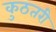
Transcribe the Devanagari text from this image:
कुठतरी